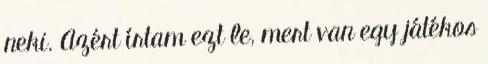
neki. Azért írtam ezt le, mert van egy játékos